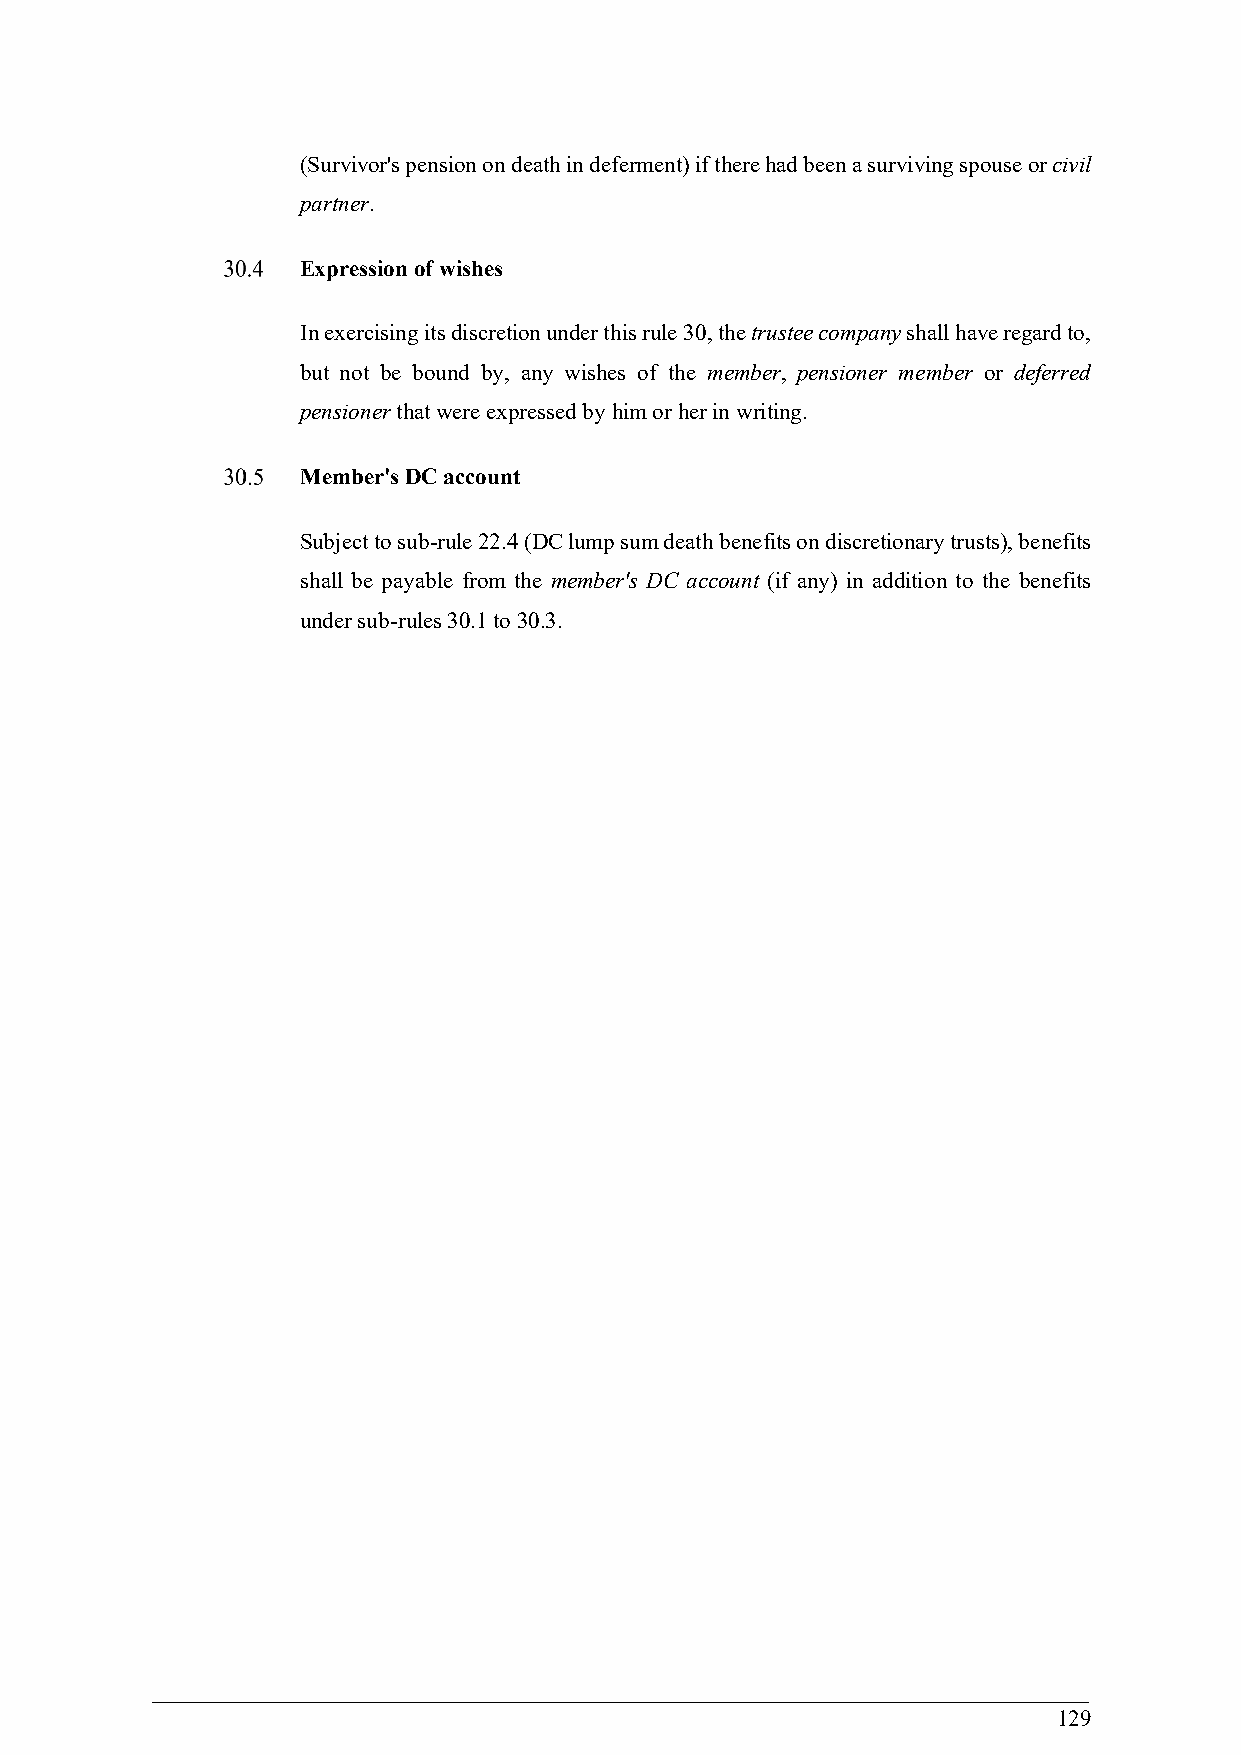
(Survivor's pension on death in deferment) if there had been a surviving spouse or civil
 partner.
 Expression of wishes
 In exercising its discretion under this rule 30, the trustee company shall have regard to,
 but not be bound by, any wishes of the member, pensioner member or deferred
 pensioner that were expressed by him or her in writing.
 Member's DC account
 Subject to sub-rule 22.4 (DC lump sum death benefits on discretionary trusts), benefits
 shall be payable from the member's DC account (if any) in addition to the benefits
 under sub-rules 30.1 to 30.3.
 129